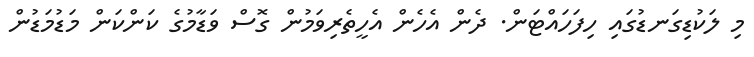
މި ލަކުޑިގަނޑުގައި ހިފަހައްޓަން. ދެން އެހެން އެހީތެރިވަމުން ގޮސް ވަޑާމުގެ ކަންކަން މަޑުމަޑުން